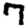
Digit: 7